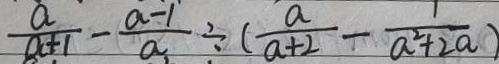
\frac { a } { a + 1 } - \frac { a - 1 } { a } \div ( \frac { a } { a + 2 } - \frac { 1 } { a ^ { 2 } + 2 a } )